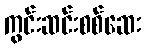
ကွင်းဆင်းစစ်ဆေး